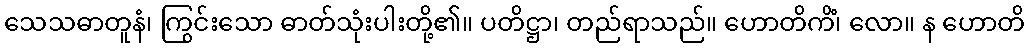
သေသဓာတူနံ၊ ကြွင်းသော ဓာတ်သုံးပါးတို့၏။ ပတိဋ္ဌာ၊ တည်ရာသည်။ ဟောတိကိံ၊ လော။ န ဟောတိ